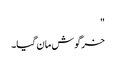
"
خرگوش مان گیا۔